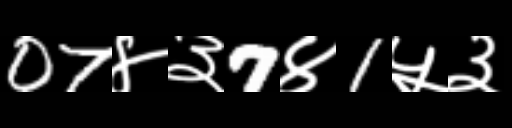
Text: 07४३7४1५३